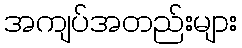
အကျပ်အတည်းများ